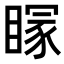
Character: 𥉕